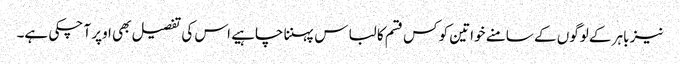
نیز باہر کے لوگوں کے سامنے خواتین کو کس قسم کا لباس پہننا چاہیے اس کی تفصیل بھی اوپر آ چکی ہے۔